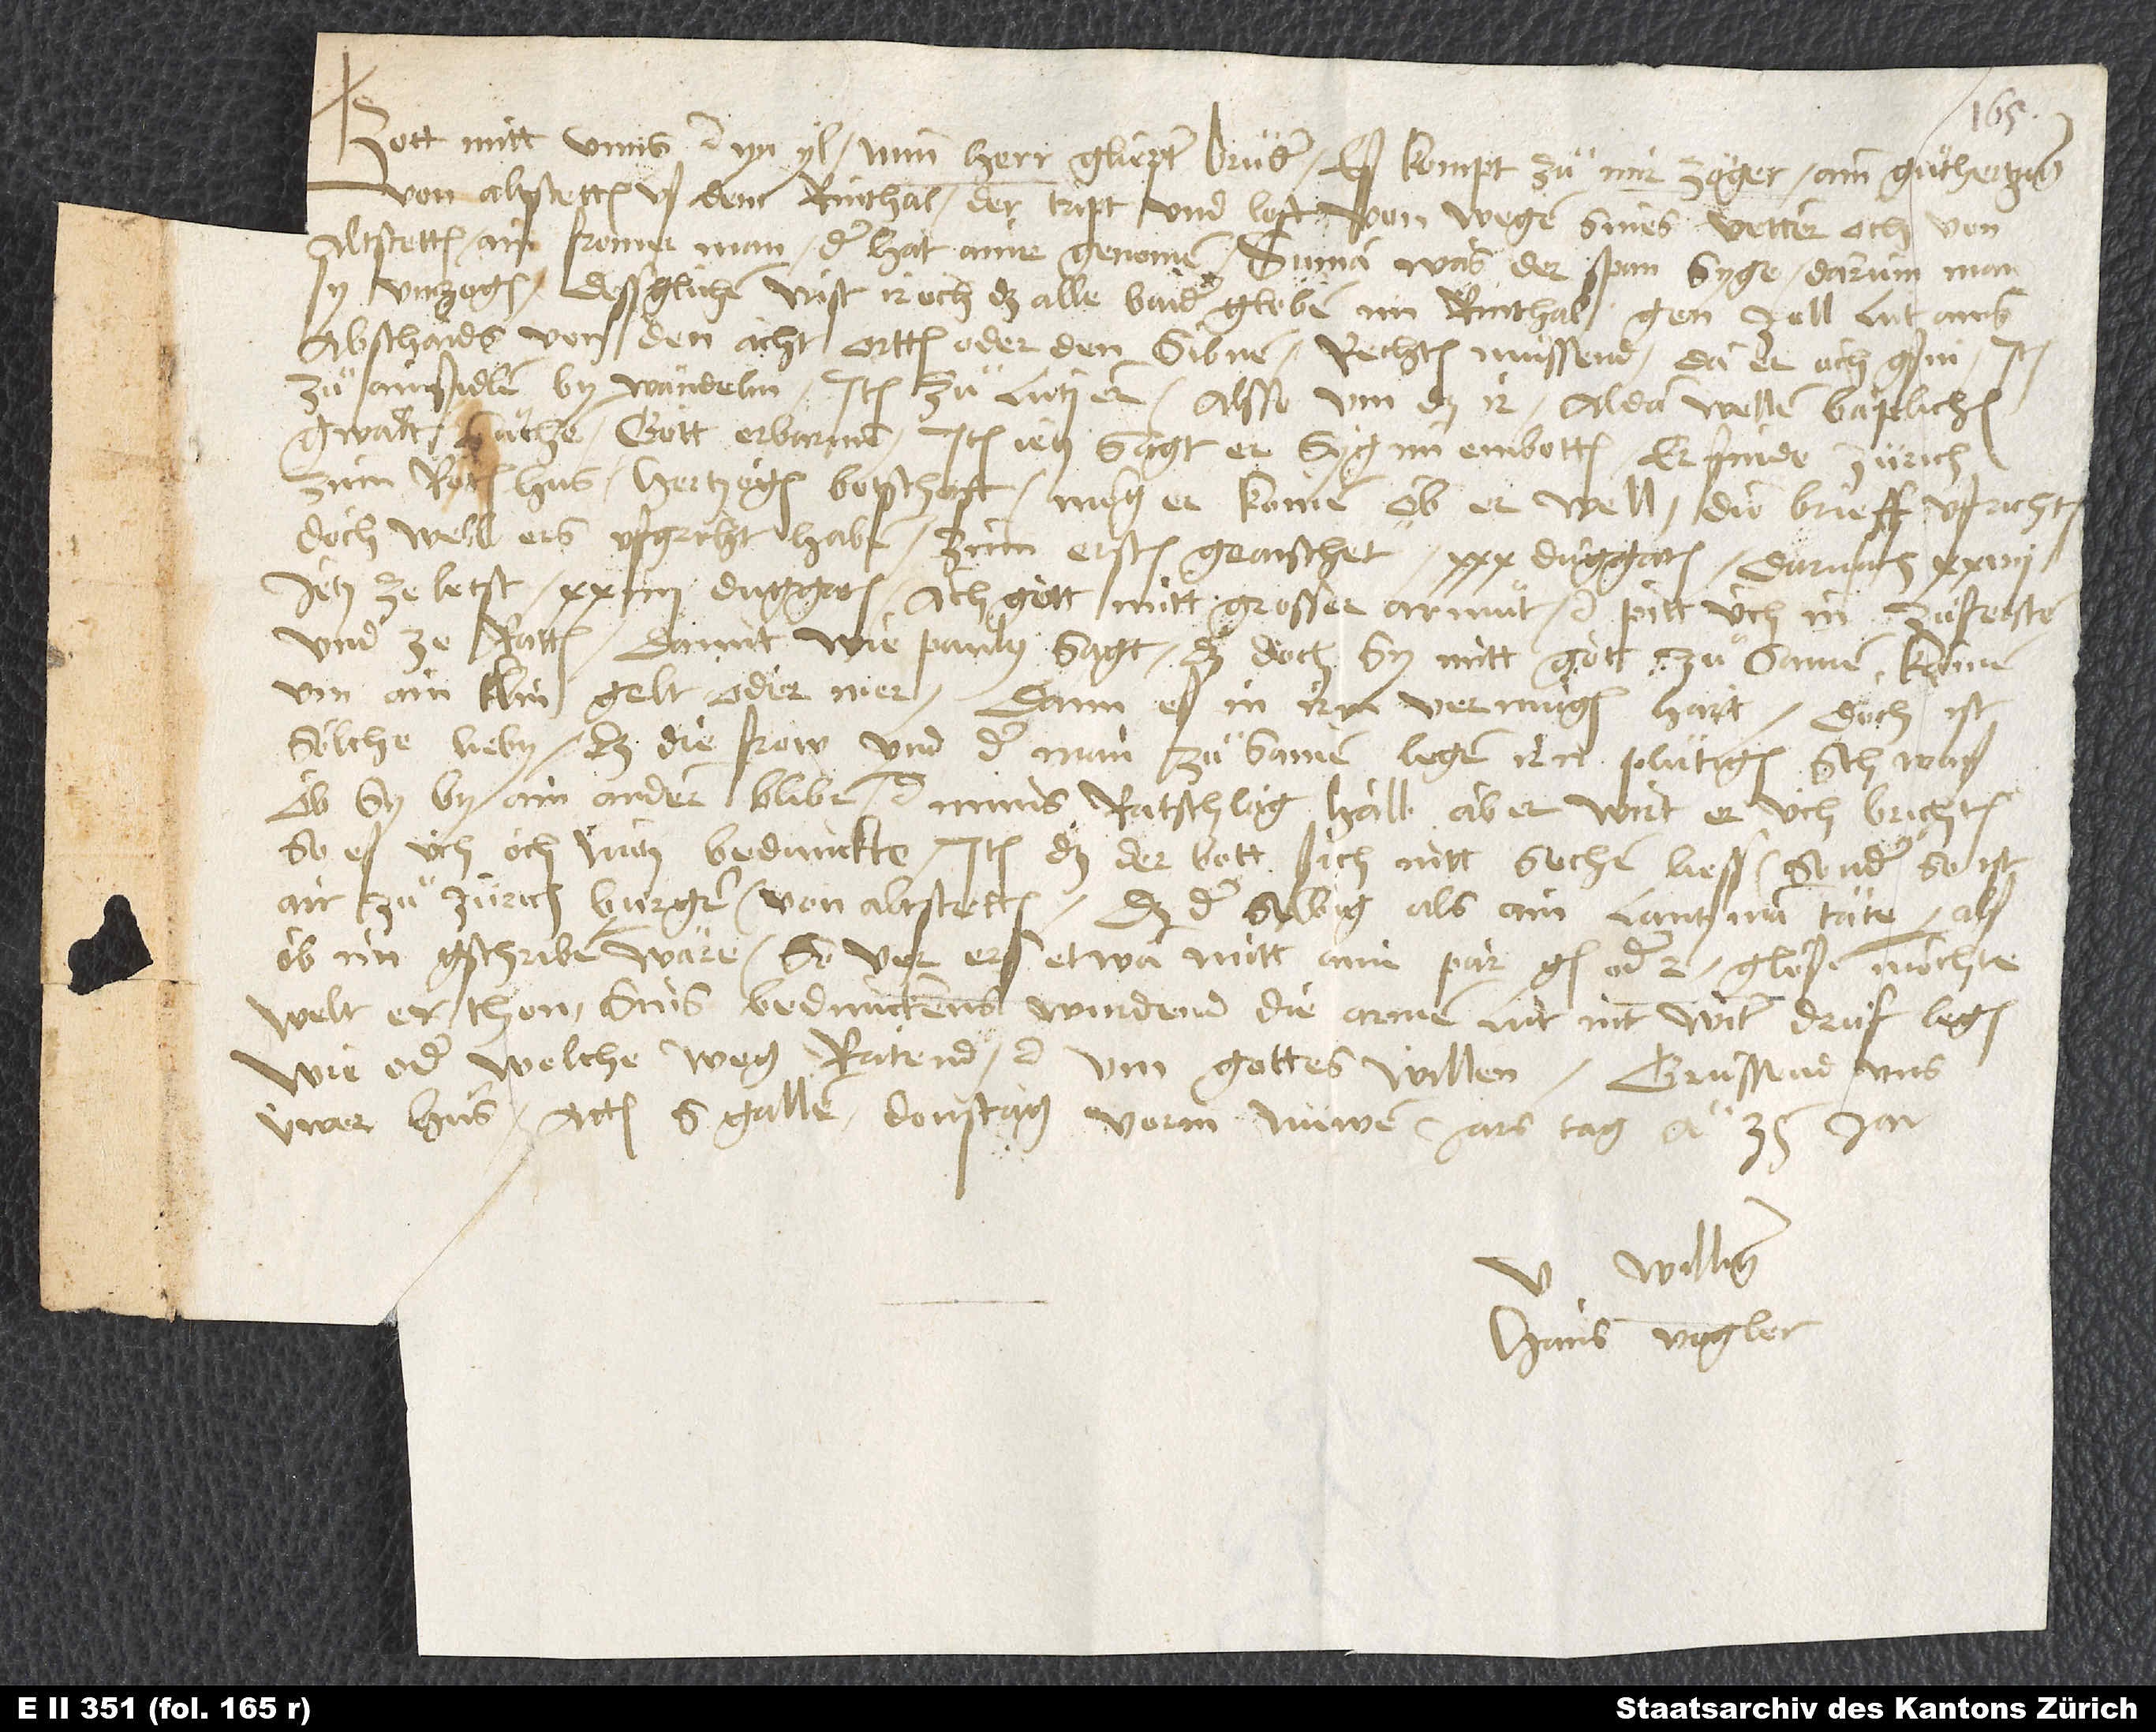
Gott mitt unns etc. Yn yl. Min herr, gliepter bruͦder, es kompt zuͦ mir zöger, ein guͦthertziger
von Altstetten us dem Rinthal, der tript und loft von wegen sines vetter, och von
Altstetten, ain fromer man. Der hat aine genomen. Suma, was der span syge, darum man
sy umzogen. Dessglichen wißt ir och, daß alle, balder globen, im Rinthal gen Zell, lut ains
abschaids von den acht ortten oder den sibnen, rechten muͤssend. Da er och gsin.
zuͦ Ainsidlen by Wändelin. Item zuͦ Lutzern. Alsso um das ir alda wellen bäpstlichen
gwalt suochen. Gott erbarmen. Item jetz, sagt er, syg im embotten, er finde Zürich
zum "Roten Hus" hertzogen botschaft; mög er komen, ob er well, die brieff ufrichten.
Doch, well ers ufgricht haben, zum ersten geaischet 30 duggaten, darnach 27,
jetz ze letst 24 duggaten, ach gott, mitt grosser armuͦt etc. Pitt üch, in zuͦferston
und ze ratten, damit, wie Paulus sagt, daß doch sy mitt gott zuͦ samen komen
um ain klin gelt oder mer; dann es in irm vermügen hart. Doch ist
söliche lieby, daß die frow und der man zuͦ samen legen im plutigen schwaiß,
ob sy by ain andern bliben etc. Mins ratschlag halb aber wirt er üch brichten,
so es üch och nutz bedunckte. Item daß der bott sich nitt sechen liess, sonder so ist
air zuͦ Zürich, burger von Altstetten, daß der selbig als ain lantzman täte, als
ob im gschriben wäre. So ver ers etwa mitt aim par gn oder 2 glösen möchte,
welt er thon. Sins bedunckens wurdend die armen lüt nit witer druf legen.
Wie oder welche weg ratend etc. um gottes willen. Gruͤssend uns
üwer hus. Actum S. Gallen, donstag vorm nüwen jars tag anno 35. jar.
williger
Hans Vogler.